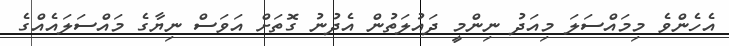
އެހެންވެ މިމައްސަލަ މިއަދު ނިންމީ ދައުލަތުން އެދުނު ގޮތަށް އަވަސް ނިޔާގެ މައްސަލައެއްގެ